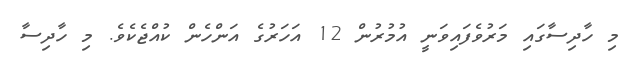
މި ހާދިސާގައި މަރުވެފައިވަނީ އުމުރުން 12 އަހަރުގެ އަންހެން ކުއްޖެކެވެ. މި ހާދިސާ